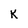
Character: K